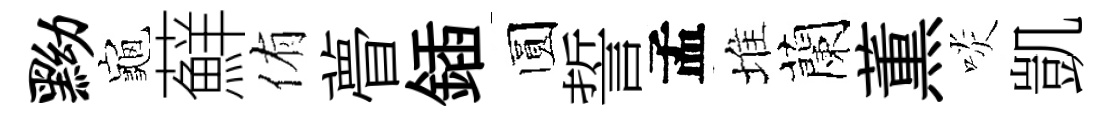
黝龜蘚侑瞢鍤圆誓孟堆蘭薫啖凱